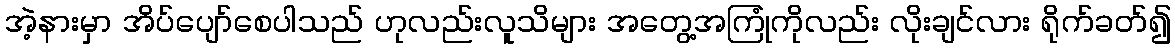
အဲ့နားမှာ အိပ်ပျော်စေပါသည် ဟုလည်းလူသိများ အတွေ့အကြုံကိုလည်း လိုးချင်လား ရိုက်ခတ်၍